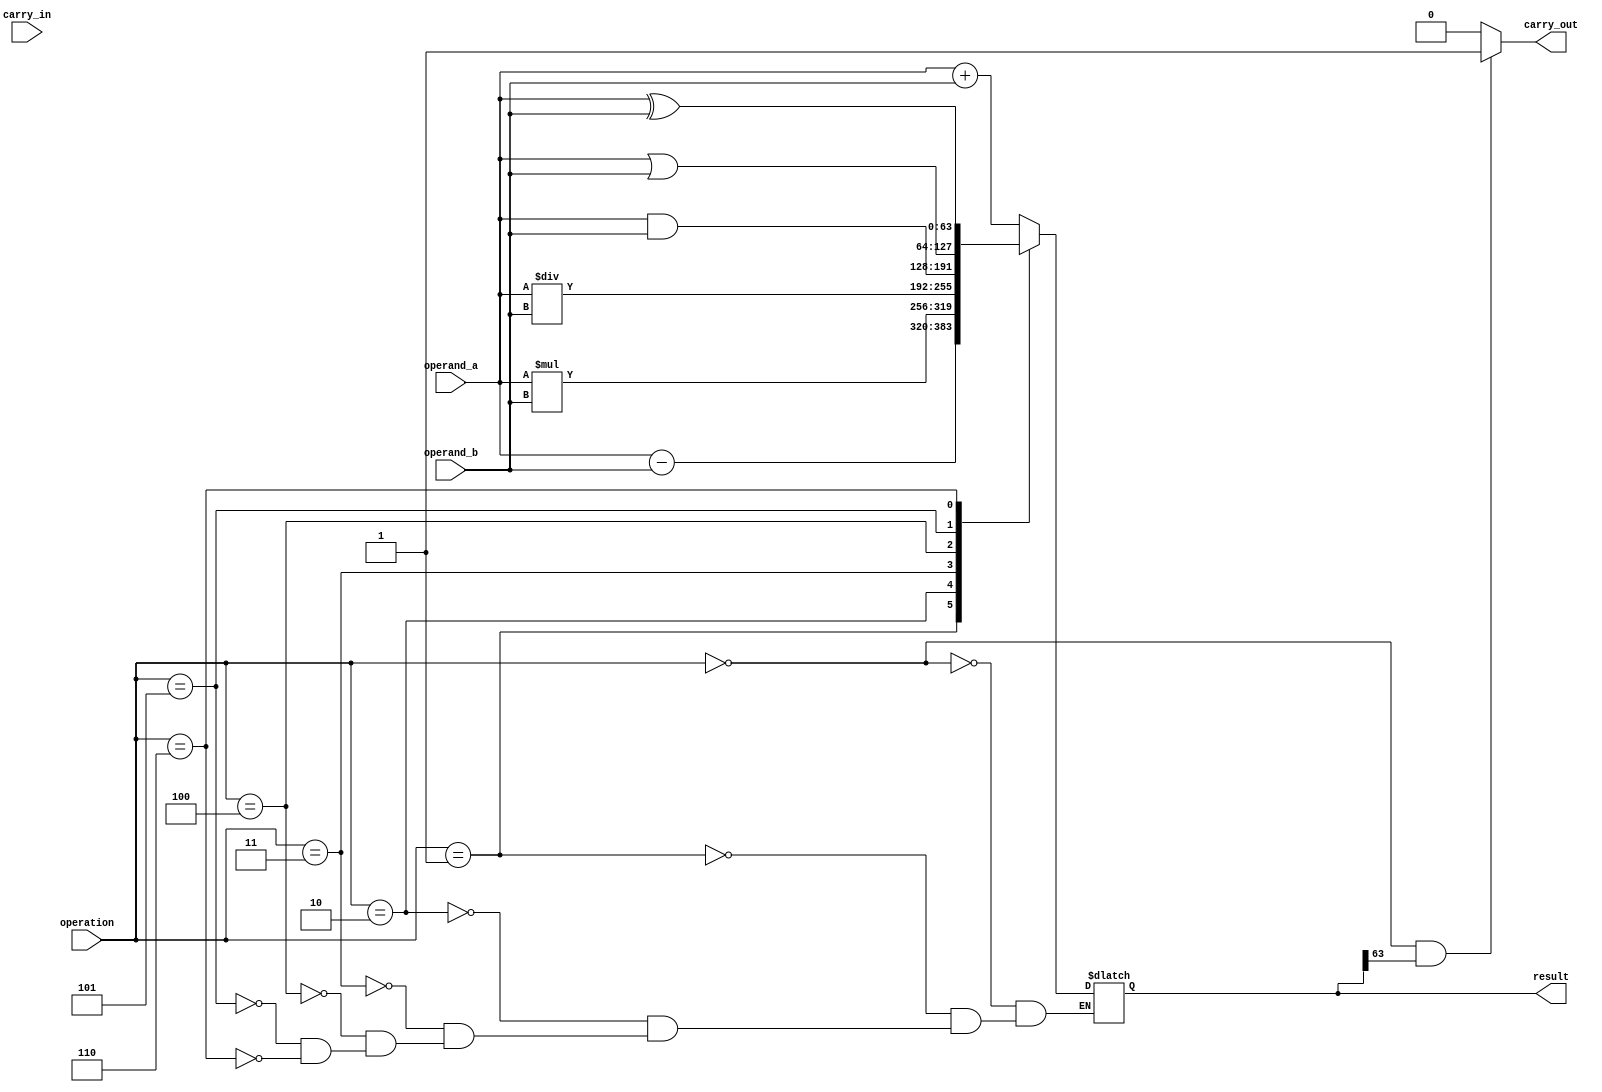
module arithmetic_alu (
    input [63:0] operand_a,
    input [63:0] operand_b,
    input [2:0] operation,
    input carry_in,
    output carry_out,
    output [63:0] result
);

reg [63:0] result_reg;

always @(*) begin
    case(operation)
        3'b000: result_reg = operand_a + operand_b; // Addition
        3'b001: result_reg = operand_a - operand_b; // Subtraction
        3'b010: result_reg = operand_a * operand_b; // Multiplication
        3'b011: result_reg = operand_a / operand_b; // Division
        3'b100: result_reg = operand_a & operand_b; // Bitwise AND
        3'b101: result_reg = operand_a | operand_b; // Bitwise OR
        3'b110: result_reg = operand_a ^ operand_b; // Bitwise XOR
    endcase
end

assign carry_out = (operation == 3'b000 && result_reg[63] == 1) ? 1 : 0; // Carry-out logic for addition

assign result = result_reg;

endmodule